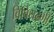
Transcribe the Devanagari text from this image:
विविधढंगी